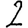
Digit: 2